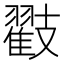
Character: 𭣟